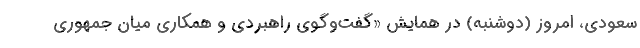
سعودی، امروز (دوشنبه) در همایش «گفت‌و‌گوی راهبردی و همکاری میان جمهوری